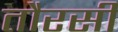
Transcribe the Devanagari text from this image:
तौरसी